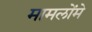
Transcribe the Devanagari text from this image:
मामलोंमे